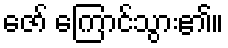
ဇော် ကြောင်သွား၏။